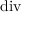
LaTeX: \operatorname { d i v }